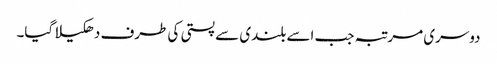
دوسری مرتبہ جب اسے بلندی سے پستی کی طرف دھکیلا گیا۔